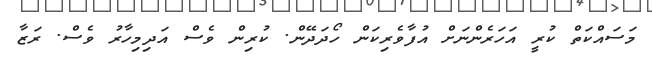
މަސައްކަތް ކުރީ އަހަރެންނަށް އުފާވެރިކަން ހޯދަދޭން. ކުރިން ވެސް އަދިމިހާރު ވެސް. ރަޒާ